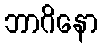
ဘာဂိနော